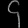
Digit: ၄